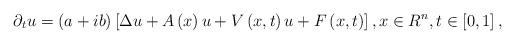
LaTeX: \begin{align*}\partial _{t}u=\left( a+ib\right) \left[ \Delta u+A\left( x\right) u+V\left(x,t\right) u+F\left( x,t\right) \right] ,x\in R^{n},t\in \left[ 0,1\right] , \end{align*}